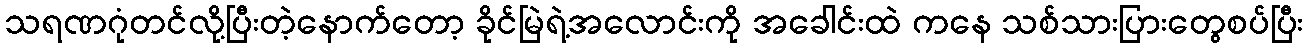
သရဏဂုံတင်လို့ပြီးတဲ့နောက်တော့ ခိုင်မြဲရဲ့အလောင်းကို အခေါင်းထဲ ကနေ သစ်သားပြားတွေစပ်ပြီး